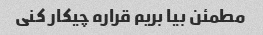
مطمئن بیا بریم قراره چیکار کنی